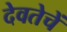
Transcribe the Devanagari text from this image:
देवतेचें